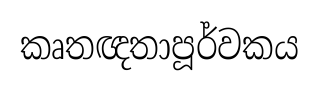
කෘතඥතාපූර්වකය